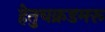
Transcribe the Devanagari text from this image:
हेतुचक्रडमरू